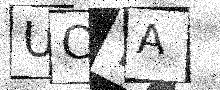
Text: UCYA